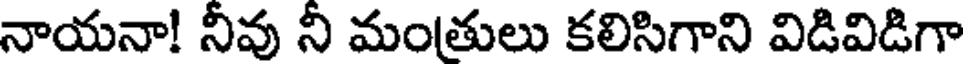
నాయనా! నీవు నీ మంతులు కలిసిగాని విడివిడిగా